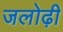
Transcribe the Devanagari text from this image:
जलोढ़ी